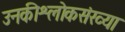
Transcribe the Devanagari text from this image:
उनकीश्लोकसंख्या